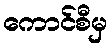
ကောင်စီမှ